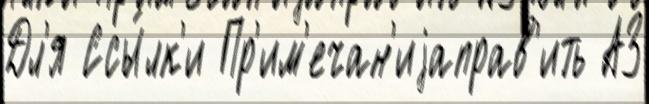
Дл'я Ссы́лк'и Пр'им'ечан'иjаправ'ить АЗ